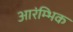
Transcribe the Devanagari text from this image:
आरंम्भिक